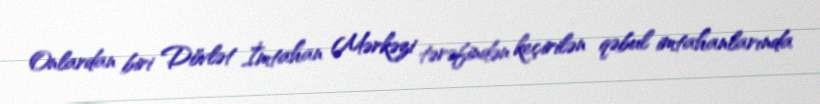
Onlardan biri Dövlət İmtahan Mərkəzi tərəfindən keçirilən qəbul imtahanlarında